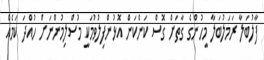
ފާލުބަލާ ރަމަލުބަލާ މީހުންގެ ގާތަށް ގޮސް ކަންކަން އޮޅުންފިލުވުމަކީ މުސްލިމުންނަށް ހުއްދަ ކަމެއް